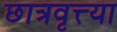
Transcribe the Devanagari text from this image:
छात्रवृत्त्या